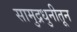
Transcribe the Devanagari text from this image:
सामुद्रधुनीतून